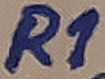
Text: R1